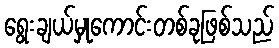
ရွေးချယ်မှုကောင်းတစ်ခုဖြစ်သည်